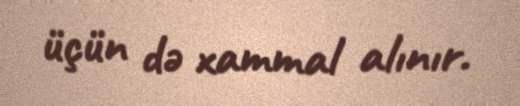
üçün də xammal alınır.